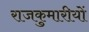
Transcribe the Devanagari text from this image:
राजकुमारीयों